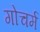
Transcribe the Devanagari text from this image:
गोचर्म